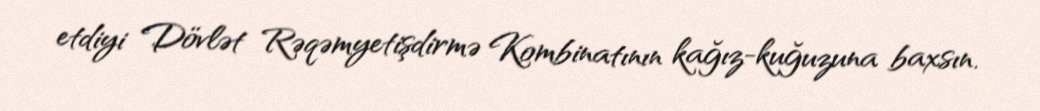
etdiyi Dövlət Rəqəmyetişdirmə Kombinatının kağız-kuğuzuna baxsın.